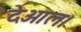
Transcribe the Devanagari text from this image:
देओल।